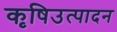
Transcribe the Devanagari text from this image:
कृषिउत्पादन